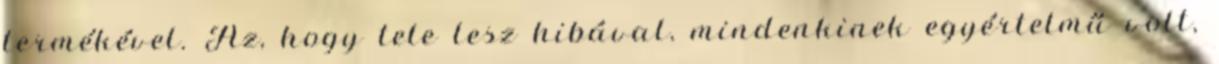
termékével. Az, hogy tele lesz hibával, mindenkinek egyértelmű volt,